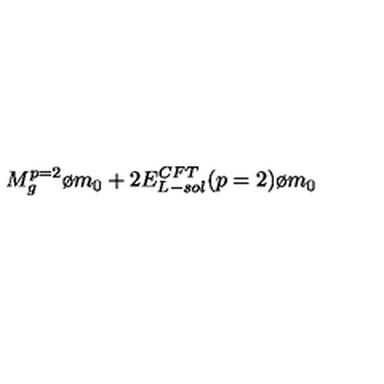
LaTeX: { { M _ { g } ^ { p = 2 } } \o { m _ { 0 } } } + 2 { { E _ { L - s o l } ^ { C F T } ( p = 2 ) } \o { m _ { 0 } } }